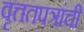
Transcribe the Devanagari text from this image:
वृत्ततपत्रांची